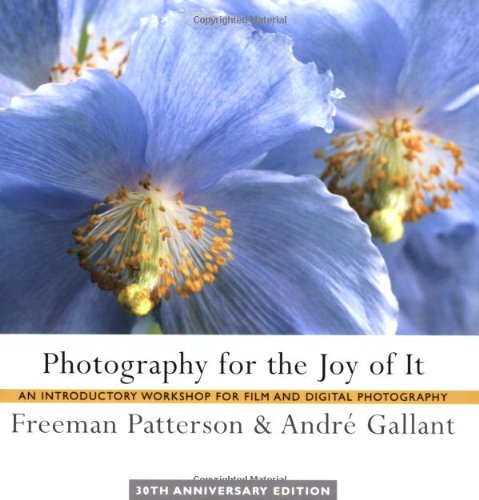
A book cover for Photography for the Joy of It: An Introductory Workshop for Film and Digital Photography; Freeman Patterson; Arts & Photography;